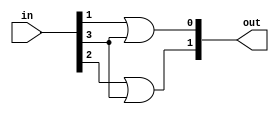
`timescale 1ns / 1ps
//////////////////////////////////////////////////////////////////////////////////
// Company: 
// Engineer: 
// 
// Design Name: 
// Module Name: encoder_4to2_using_gates
// Project Name: 
// Target Devices: 
// Tool Versions: 
// Description: 
// 
// Dependencies: 
// 
// Revision:
// Revision 0.01 - File Created
// Additional Comments:
// 
//////////////////////////////////////////////////////////////////////////////////


module encoder_4to2_using_gates(
 
    input wire [3:0] in,  // 4-bit input
    output wire [1:0] out // 2-bit output
);

// Khai bao data types cho cong OR
wire or0, or1; 

// Thuc hien ham OR 
or (or0, in[1], in[3]); 
or (or1, in[2], in[3]); 

// Gan ket qua cua cong OR cho dau ra
assign out[0] = or0;
assign out[1] = or1;



endmodule